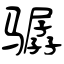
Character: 骣